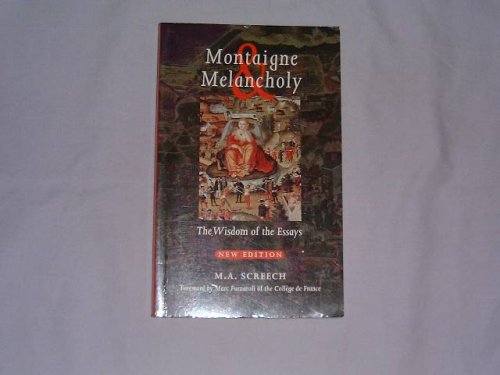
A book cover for Montaigne and Melancholy : Wisdom of the Essays; M. A. Screech; Politics & Social Sciences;